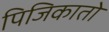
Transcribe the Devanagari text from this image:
पिजिकातो